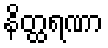
နိတ္ထရဏာ